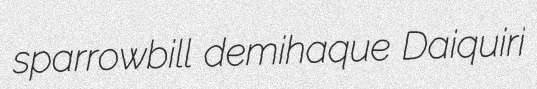
sparrowbill demihaque Daiquiri